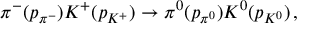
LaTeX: \pi ^ { - } ( p _ { \pi ^ { - } } ) K ^ { + } ( p _ { K ^ { + } } ) \to \pi ^ { 0 } ( p _ { \pi ^ { 0 } } ) K ^ { 0 } ( p _ { K ^ { 0 } } ) \, ,